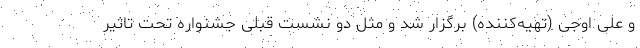
و علی اوجی (تهیه‌کننده) برگزار شد و مثل دو نشست قبلی جشنواره تحت تاثیر